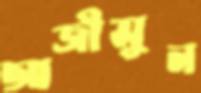
আজীমুন